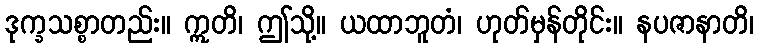
ဒုက္ခသစ္စာတည်း။ ဣတိ၊ ဤသို့။ ယထာဘူတံ၊ ဟုတ်မှန်တိုင်း။ နပဇာနာတိ၊